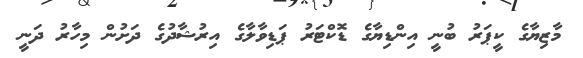
މާޒިޔާގެ ކީޕަރު ބުނީ އިންޑިޔާގެ ޑޮކްޓަރު ޕަޑިވާލާގެ އިރުޝާދުގެ ދަށުން މިހާރު ދަނީ